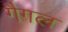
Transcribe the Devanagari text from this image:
गैगल